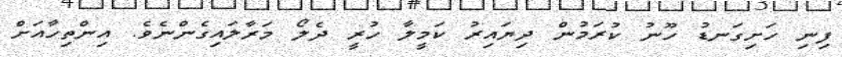
ފިނި ހަށިގަނޑު ހޫނު ކުރަމުން ދިޔައިރު ކަމީލާ ހުރީ ދެލޯ މަރާލައިގެންނެވެ. އިންތިހާއަށް